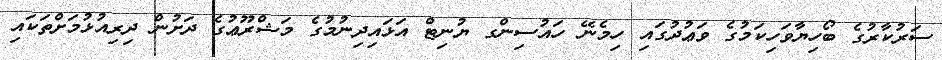
ސަރުކާރުގެ ބޯހިޔާވަހިކަމުގެ ވަޢުދުގައި ހިމެނޭ ހައުސިންގ ޔުނިޓް އަޅައިދިނުމުގެ މަޝްރޫޢުގެ ދަށުން ދިރިއުޅުމަށްތަކައި